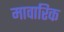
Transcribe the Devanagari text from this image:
मावारिक